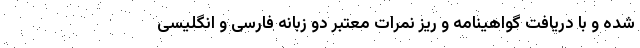
شده و با دریافت گواهینامه و ریز نمرات معتبر دو زبانه فارسی و انگلیسی